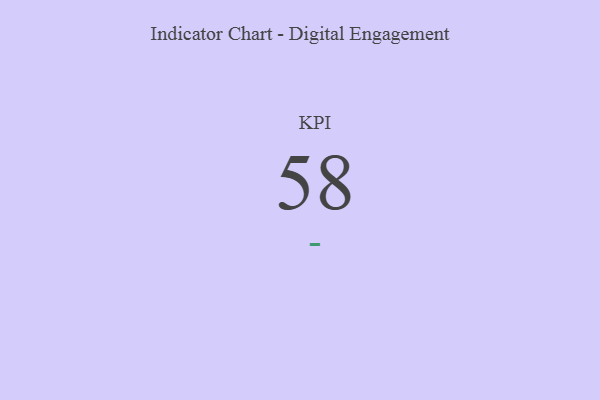
{"axis": {"x": "KPI", "y": "Value"}, "legend": [""], "data": [{"x": "KPI", "y": 58, "type": ""}]}